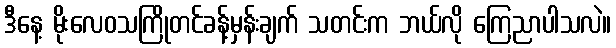
ဒီနေ့ မိုးလေဝသကြိုတင်ခန့်မှန်းချက် သတင်းက ဘယ်လို ကြေညာပါသလဲ။